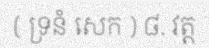
( ទ្រនំ សេក ) ៨. វត្ត